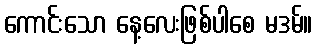
ကောင်းသော နေ့လေးဖြစ်ပါစေ မဒမ်။